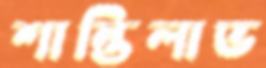
শান্তিলাভ